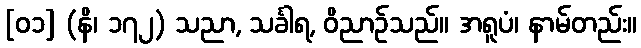
[၀၁] (နိ၊ ၁၇၂) သညာ, သင်္ခါရ, ဝိညာဉ်သည်။ အရူပံ၊ နာမ်တည်း။